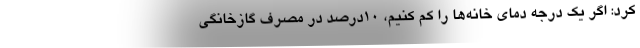
کرد: اگر یک درجه دمای خانه‌ها را کم کنیم، ۱۰درصد در مصرف گازخانگی